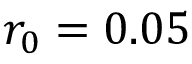
r _ { 0 } = 0 . 0 5